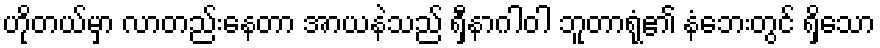
ဟိုတယ်မှာ လာတည်းနေတာ အာယနဲသည် ရှီနာဂါဝါ ဘူတာရုံ၏ နံဘေးတွင် ရှိသော